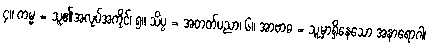
၄။ ကမ္မ = သူ၏အလုပ်အကိုင်၊ ၅။ သိပ္ပ = အတတ်ပညာ၊ ၆။ အာဗာဓ = သူ့မှာရှိနေသော အနာရောဂါ၊